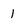
Character: 1